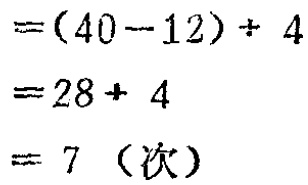
\[
\begin{align*}
&=(40 - 12)\div4\\
&=28\div4\\
&= 7\ (\text{次})
\end{align*}
\]